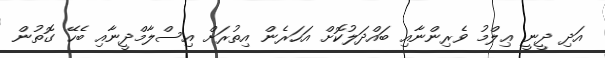
އަދި ދީނީ ޢިލްމު ވެރިންނާއި ބައްދަލުކޮށް އަހަރެން އިތުރަށް އިސްލާމްދީނާއި ބެހޭ ގޮތުން